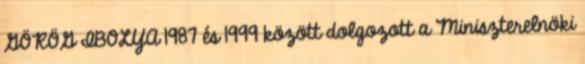
GÖRÖG IBOLYA 1987 és 1999 között dolgozott a Miniszterelnöki